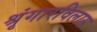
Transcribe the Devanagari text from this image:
श्रृंगारविलास